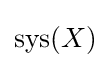
\mathrm {sys} (X)